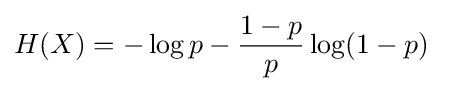
{\begin{aligned}H(X)&=-\log p-{\frac {1-p}{p}}\log(1-p)\end{aligned}}